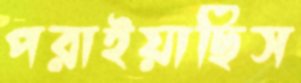
পরাইয়াছিস